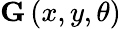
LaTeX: {\mathbf G}\left(x,y,\theta\right)